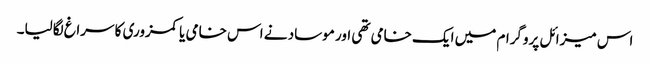
اس میزائل پروگرام میں ایک خامی تھی اور موساد نے اس خامی یا کمزوری کا سراغ لگالیا۔